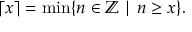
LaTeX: \lceil x \rceil = \operatorname* { m i n } \{ n \in \mathbb { Z } \mid n \geq x \} .